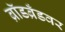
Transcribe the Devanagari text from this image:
ब्रॉडब्रँडवर